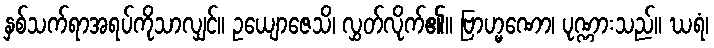
နှစ်သက်ရာအရပ်ကိုသာလျှင်။ ဥယျောဇေသိ၊ လွှတ်လိုက်၏။ ဗြာဟ္မဏော၊ ပုဏ္ဏားသည်။ ဃရံ၊